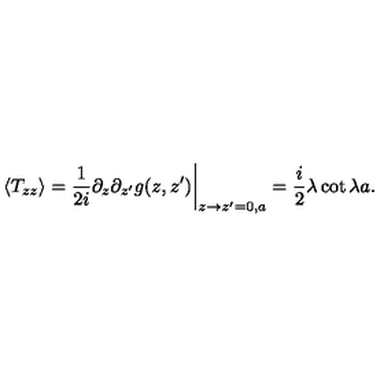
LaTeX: \langle T _ { z z } \rangle = { \frac { 1 } { 2 i } } \partial _ { z } \partial _ { z ^ { \prime } } g ( z , z ^ { \prime } ) \bigg | _ { z \to z ^ { \prime } = 0 , a } = { \frac { i } { 2 } } \lambda \cot \lambda a .